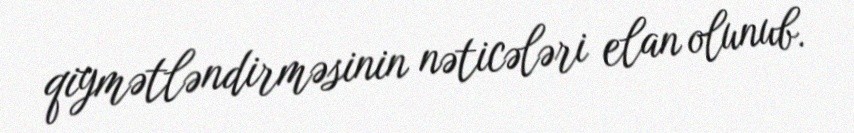
qiymətləndirməsinin nəticələri elan olunub.